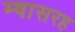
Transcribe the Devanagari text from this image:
म्षासरह